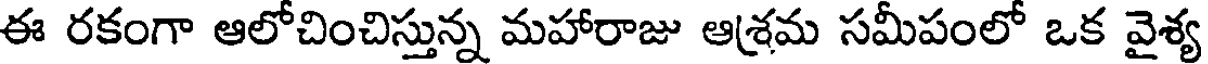
ఈ రకంగా ఆలోచించిస్తున్న మహారాజు ఆశ్రమ సమీపంలో ఒక వైశ్య